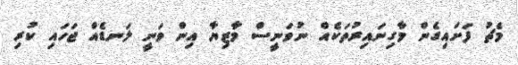
މެޗު ފަށައިގެން މާގިނައިރުތަކެއް ނުވަނީސް މާޒިޔާ އިން ވަނީ ލަނޑެއް ޖަހައި ކުރި